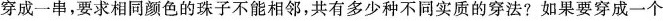
穿成一串，要求相同颜色的珠子不能相邻，共有多少种不同实质的穿法?如果要穿成一个